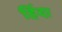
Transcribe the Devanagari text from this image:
हिंदा